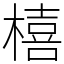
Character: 橲